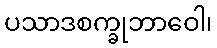
ပသာဒစက္ခုဘာဝေါ၊